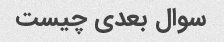
سوال بعدی چیست